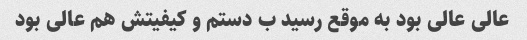
عالی عالی بود به موقع رسید ب دستم و کیفیتش هم عالی بود